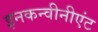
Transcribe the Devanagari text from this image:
इनकन्वीनीएंट